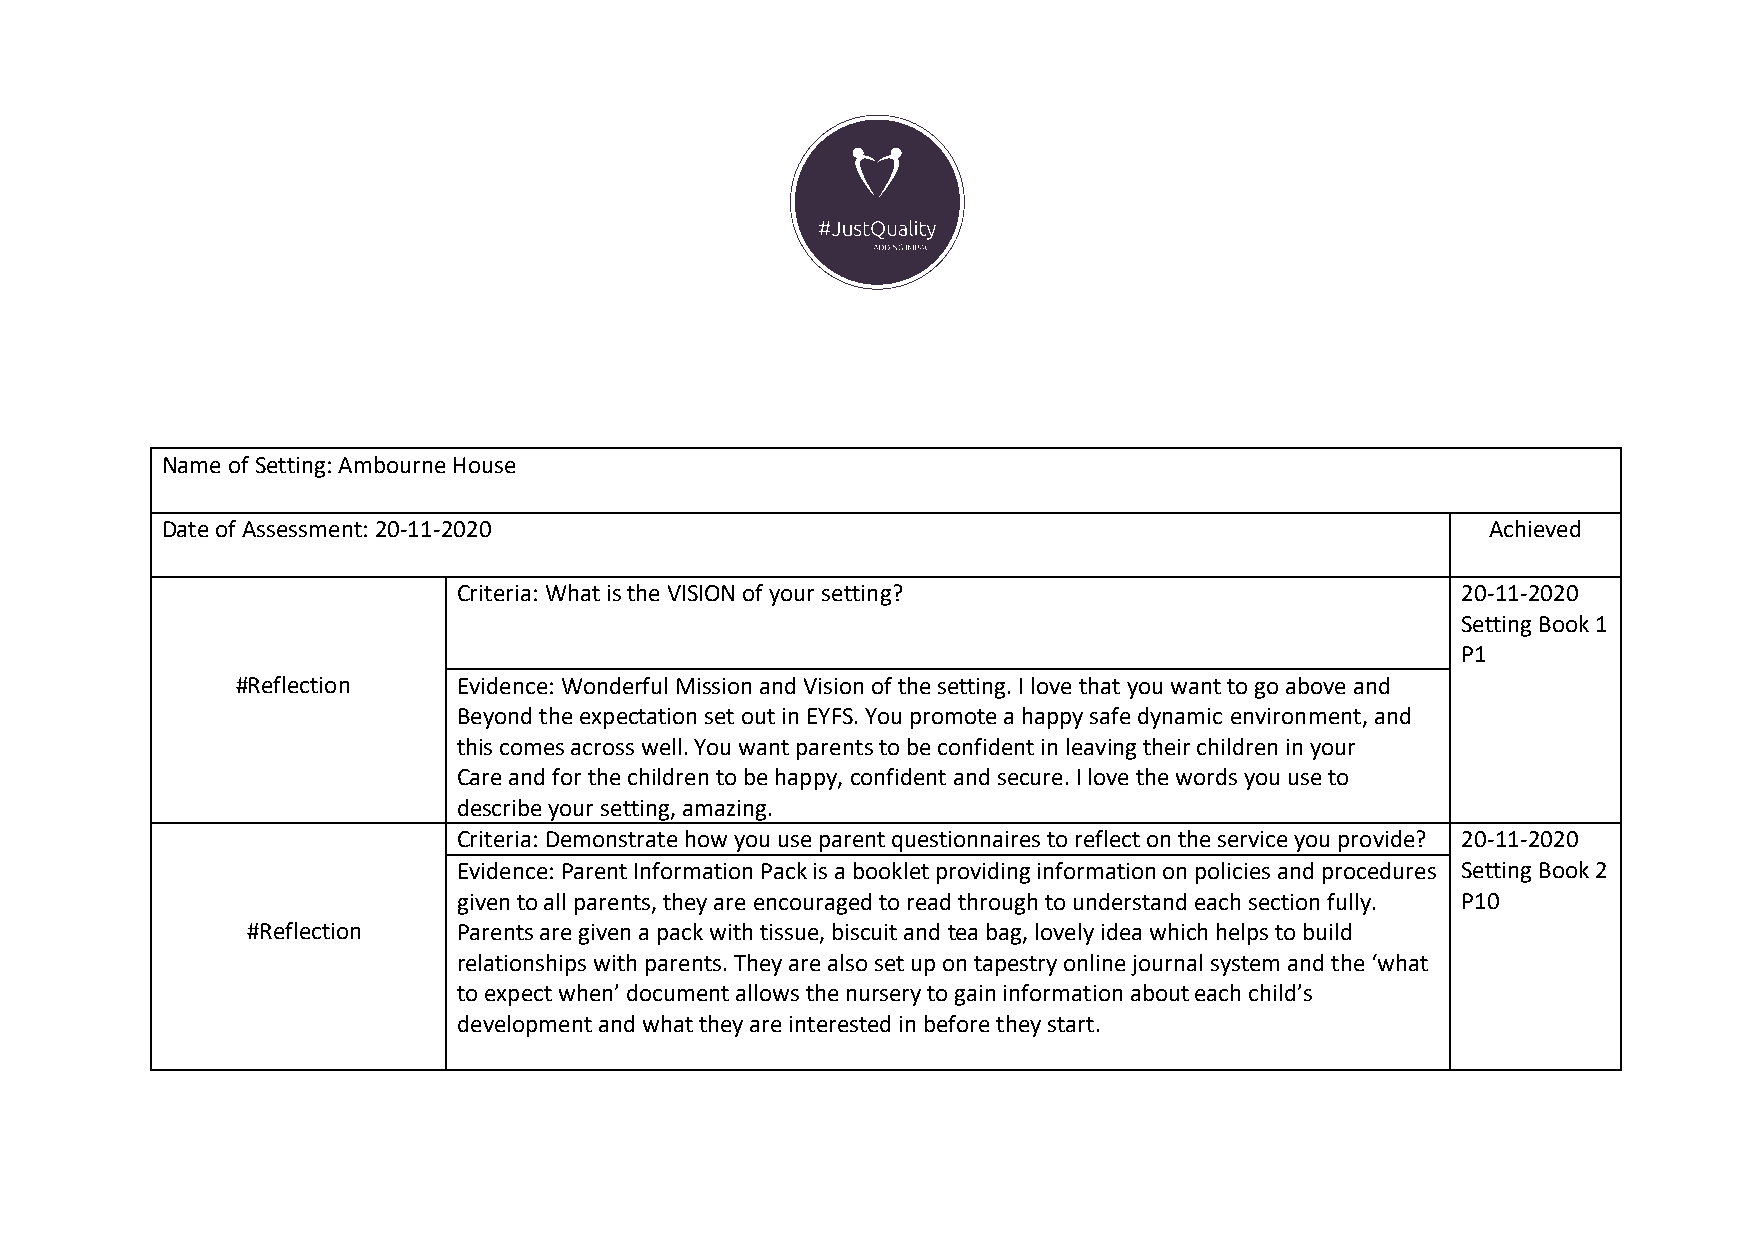
Name of Setting: Ambourne House
 Date of Assessment: 20-11-2020                                                          Achieved
 Criteria: What is the VISION of your setting?                      20-11-2020
 Setting Book 1
 P1
 #Reflection   Evidence: Wonderful Mission and Vision of the setting. I love that you want to go above and
 Beyond the expectation set out in EYFS. You promote a happy safe dynamic environment, and
 this comes across well. You want parents to be confident in leaving their children in your
 Care and for the children to be happy, confident and secure. I love the words you use to
 describe your setting, amazing.
 Criteria: Demonstrate how you use parent questionnaires to reflect on the service you provide? 20-11-2020
 Evidence: Parent Information Pack is a booklet providing information on policies and procedures Setting Book 2
 given to all parents, they are encouraged to read through to understand each section fully. P10
 #Reflection   Parents are given a pack with tissue, biscuit and tea bag, lovely idea which helps to build
 relationships with parents. They are also set up on tapestry online journal system and the ‘what
 to expect when’ document allows the nursery to gain information about each child’s
 development and what they are interested in before they start.